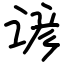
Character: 谚